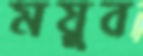
ময়ুব